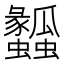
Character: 𤬤